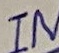
Text: IN